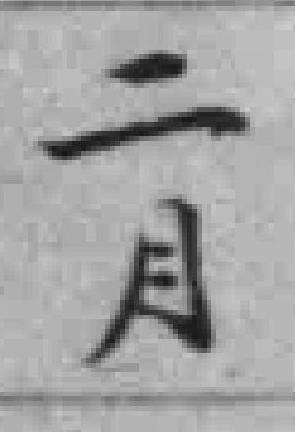
二月